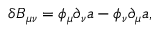
\delta B _ { \mu \nu } = \phi _ { \mu } \partial _ { \nu } a - \phi _ { \nu } \partial _ { \mu } a ,